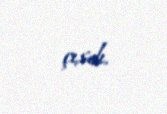
çıxdı.